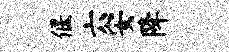
偃六安降